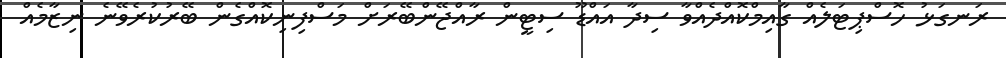
ރަނގަޅު ހޮސްޕިޓަލެއް ގާއިމްކޮއްދެއްވާ ސިދާ އައްޑޫ ސިޓީން ރާއްޖޭންބޭރަށް މަސްފިނިކޮއްގެން ބޭރުކުރެވޭނެ ނިޒާމެއް